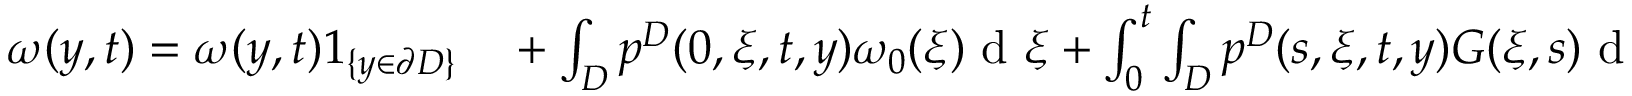
\begin{array} { r l } { \omega ( y , t ) = \omega ( y , t ) 1 _ { \{ y \in \partial D \} } } & { { } + \int _ { D } p ^ { D } ( 0 , \xi , t , y ) \omega _ { 0 } ( \xi ) \textrm { d } \xi + \int _ { 0 } ^ { t } \int _ { D } p ^ { D } ( s , \xi , t , y ) G ( \xi , s ) \textrm { d } \xi \textrm { d } s } \end{array}